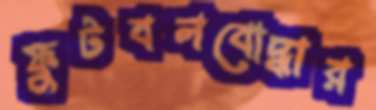
ফুটবলবোদ্ধার